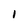
Character: I